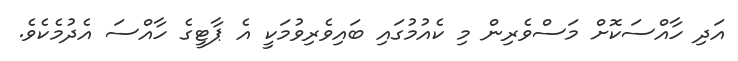
އަދި ހާއްސަކޮށް މަސްވެރިން މި ކެއުމުގައި ބައިވެރިވުމަކީ އެ ޕާޓީގެ ހާއްސަ އެދުމެކެވެ.